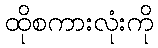
ထိုစကားလုံးကို